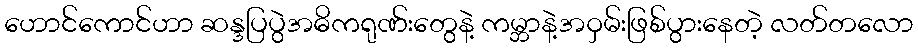
ဟောင်ကောင်ဟာ ဆန္ဒပြပွဲအဓိကရုဏ်းတွေနဲ့ ကမ္ဘာနဲ့အဝှမ်းဖြစ်ပွားနေတဲ့ လတ်တလော